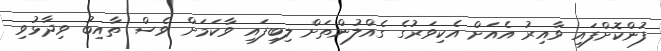
ފުންކޮށްފައި ވާއިރު އެއަށް އެކިވަރުގެ ގެއްލުންތަށް ލިބިފައި ވާކަމަށް ވެސް ތާއިބު ވިދާޅުވި